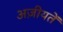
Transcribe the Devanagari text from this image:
अज़ीयतें